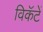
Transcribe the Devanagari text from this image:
विकॅटें